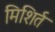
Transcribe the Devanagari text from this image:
मिशिर्त